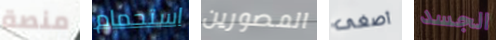
منصة استحمام المصورين أصغى الجسد